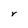
Character: Y